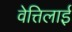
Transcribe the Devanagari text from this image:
वेत्तिलाई